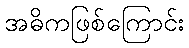
အဓိကဖြစ်ကြောင်း